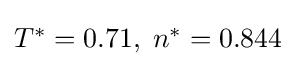
\textstyle T^{*}=0.71,\;n^{*}=0.844